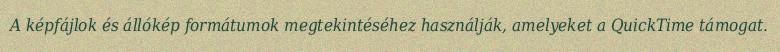
A képfájlok és állókép formátumok megtekintéséhez használják, amelyeket a QuickTime támogat.